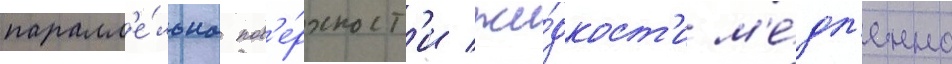
паралл'е́льна пов'е́рхност'и жи́дкост'и м'е́дл'енно